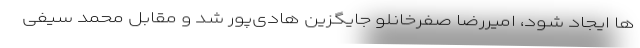
ها ایجاد شود، امیررضا صفرخانلو جایگزین هادی‌پور شد و مقابل محمد سیفی